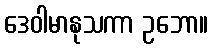
ဒေဝါမာနုသကာ ဥဘော။